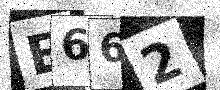
Text: E662